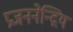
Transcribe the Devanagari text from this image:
प्रजननेन्द्रिय